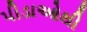
પીડાઓથી